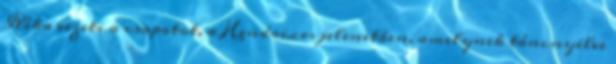
Réka vezeti a csapatot, a Hendrixes jelenetben, amelynek táncnyelve